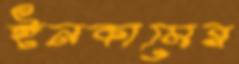
ইনকামের